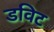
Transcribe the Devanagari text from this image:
डविट